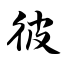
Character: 彼